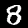
Label: 8